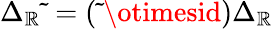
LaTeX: \Delta_{\mathbb{R}}\widetilde{{\ }}=(\widetilde{{\ }}\otimesid)\Delta_{\mathbb{R}}